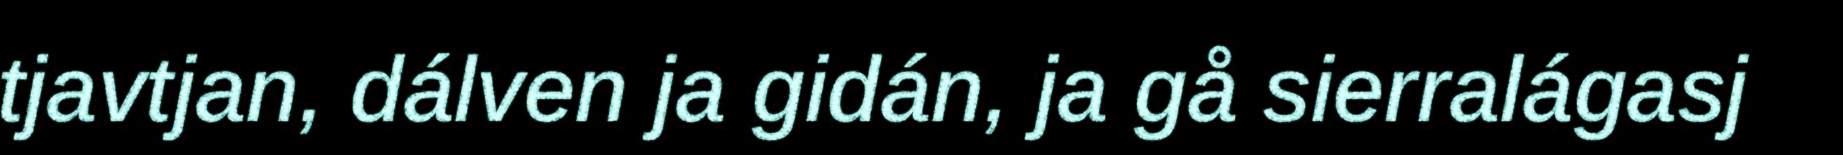
tjavtjan, dálven ja gidán, ja gå sierralágasj